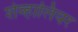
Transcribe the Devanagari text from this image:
शेव्हालियर